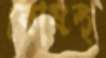
কোষস্থ